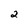
Character: 2